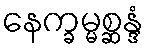
နေက္ခမ္မစ္ဆန္ဒံ